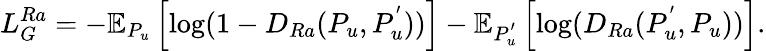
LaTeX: L_{G}^{Ra}=-\mathbb{E}_{P_{u}}\left[\mathrm{log}(1-D_{Ra}(P_{u},P_{u}^{'}))\right]-\mathbb{E}_{P_{u}^{'}}\left[\mathrm{log}(D_{Ra}(P_{u}^{'},P_{u}))\right].